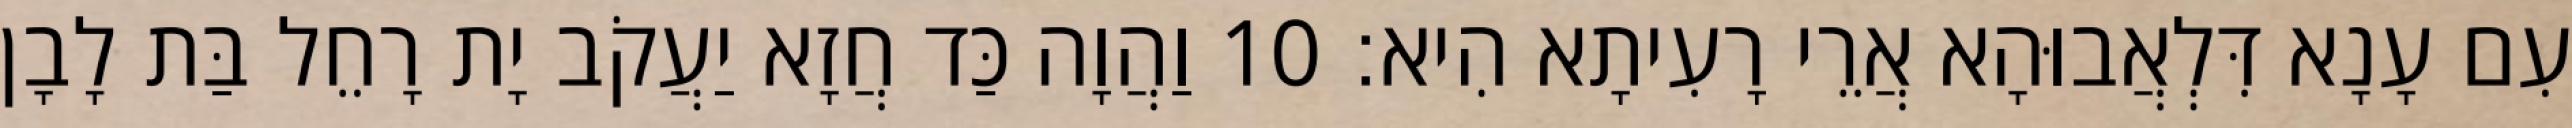
עִם עָנָא דִּלְאֲבוּהָא אֲרֵי רָעִיתָא הִיא׃ 10 וַהֲוָה כַּד חֲזָא יַעֲקֹב יָת רָחֵל בַּת לָבָן